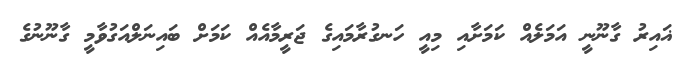
ޣައިރު ގާނޫނީ އަމަލެއް ކަމަށާއި މިއީ ހަނގުރާމައިގެ ޖަރީމާއެއް ކަމަށް ބައިނަލްއަގުވާމީ ގާނޫނުގެ